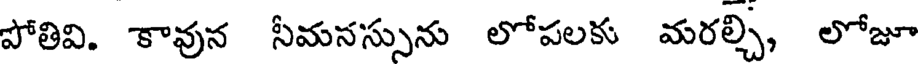
పోతివి. కావున సీమనస్సును లోపలకు మరల్చి, లోజూ